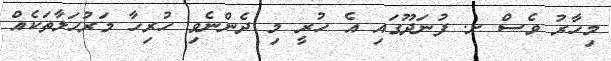
މިހާރު ވެސް ށ. ފުނަދޫގައި އެ ހުރީ މި ދެންނެވި ހުރިހާ މަރުހަލާތަކެއް